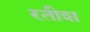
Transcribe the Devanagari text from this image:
रतीश